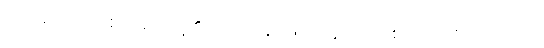
ကာမဝိတက် စသည်တို့၏။ ဝသေန၊ ဖြင့်။ ဣတော စိတော စ၊ မှလည်း။